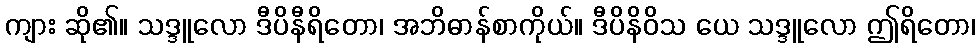
ကျား ဆို၏။ သဒ္ဒူလော ဒီပိနီရိတော၊ အဘိဓာန်စာကိုယ်။ ဒီပိနိဝိသ ယေ သဒ္ဒူလော ဤရိတော၊